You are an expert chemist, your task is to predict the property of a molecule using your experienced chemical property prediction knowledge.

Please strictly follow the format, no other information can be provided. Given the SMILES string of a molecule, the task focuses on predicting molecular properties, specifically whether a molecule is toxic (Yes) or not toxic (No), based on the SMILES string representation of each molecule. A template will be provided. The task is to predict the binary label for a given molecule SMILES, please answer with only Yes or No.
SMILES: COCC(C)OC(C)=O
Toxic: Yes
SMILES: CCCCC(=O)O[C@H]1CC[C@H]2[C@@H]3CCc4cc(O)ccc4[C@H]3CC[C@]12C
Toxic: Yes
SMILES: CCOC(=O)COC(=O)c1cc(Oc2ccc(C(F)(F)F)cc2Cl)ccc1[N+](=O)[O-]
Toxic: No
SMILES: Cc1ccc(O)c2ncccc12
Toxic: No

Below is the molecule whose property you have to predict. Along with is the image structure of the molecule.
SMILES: Nc1nc(N)c2nc(CNc3ccc(C(=O)N[C@@H](CCC(=O)O)C(=O)O)cc3)cnc2n1
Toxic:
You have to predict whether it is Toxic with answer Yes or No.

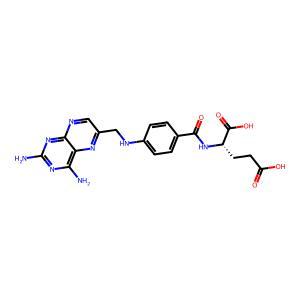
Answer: No